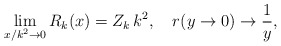
\begin{align*}\lim_{x/k^2\to 0} R_k(x)=Z_k\,k^2, \quad r(y\to 0) \to \frac{1}{y},\end{align*}